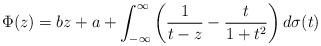
LaTeX: \begin{align*} \Phi(z)= bz + a + \int_{-\infty}^\infty\left(\frac{1}{t-z}-\frac{t}{1+t^2}\right)d\sigma(t)\end{align*}